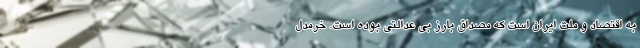
به اقتصاد و ملت ایران است که مصداق بارز بی عدالتی بوده است. خرمدل